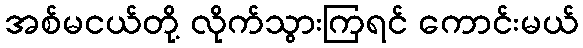
အစ်မငယ်တို့ လိုက်သွားကြရင် ကောင်းမယ်